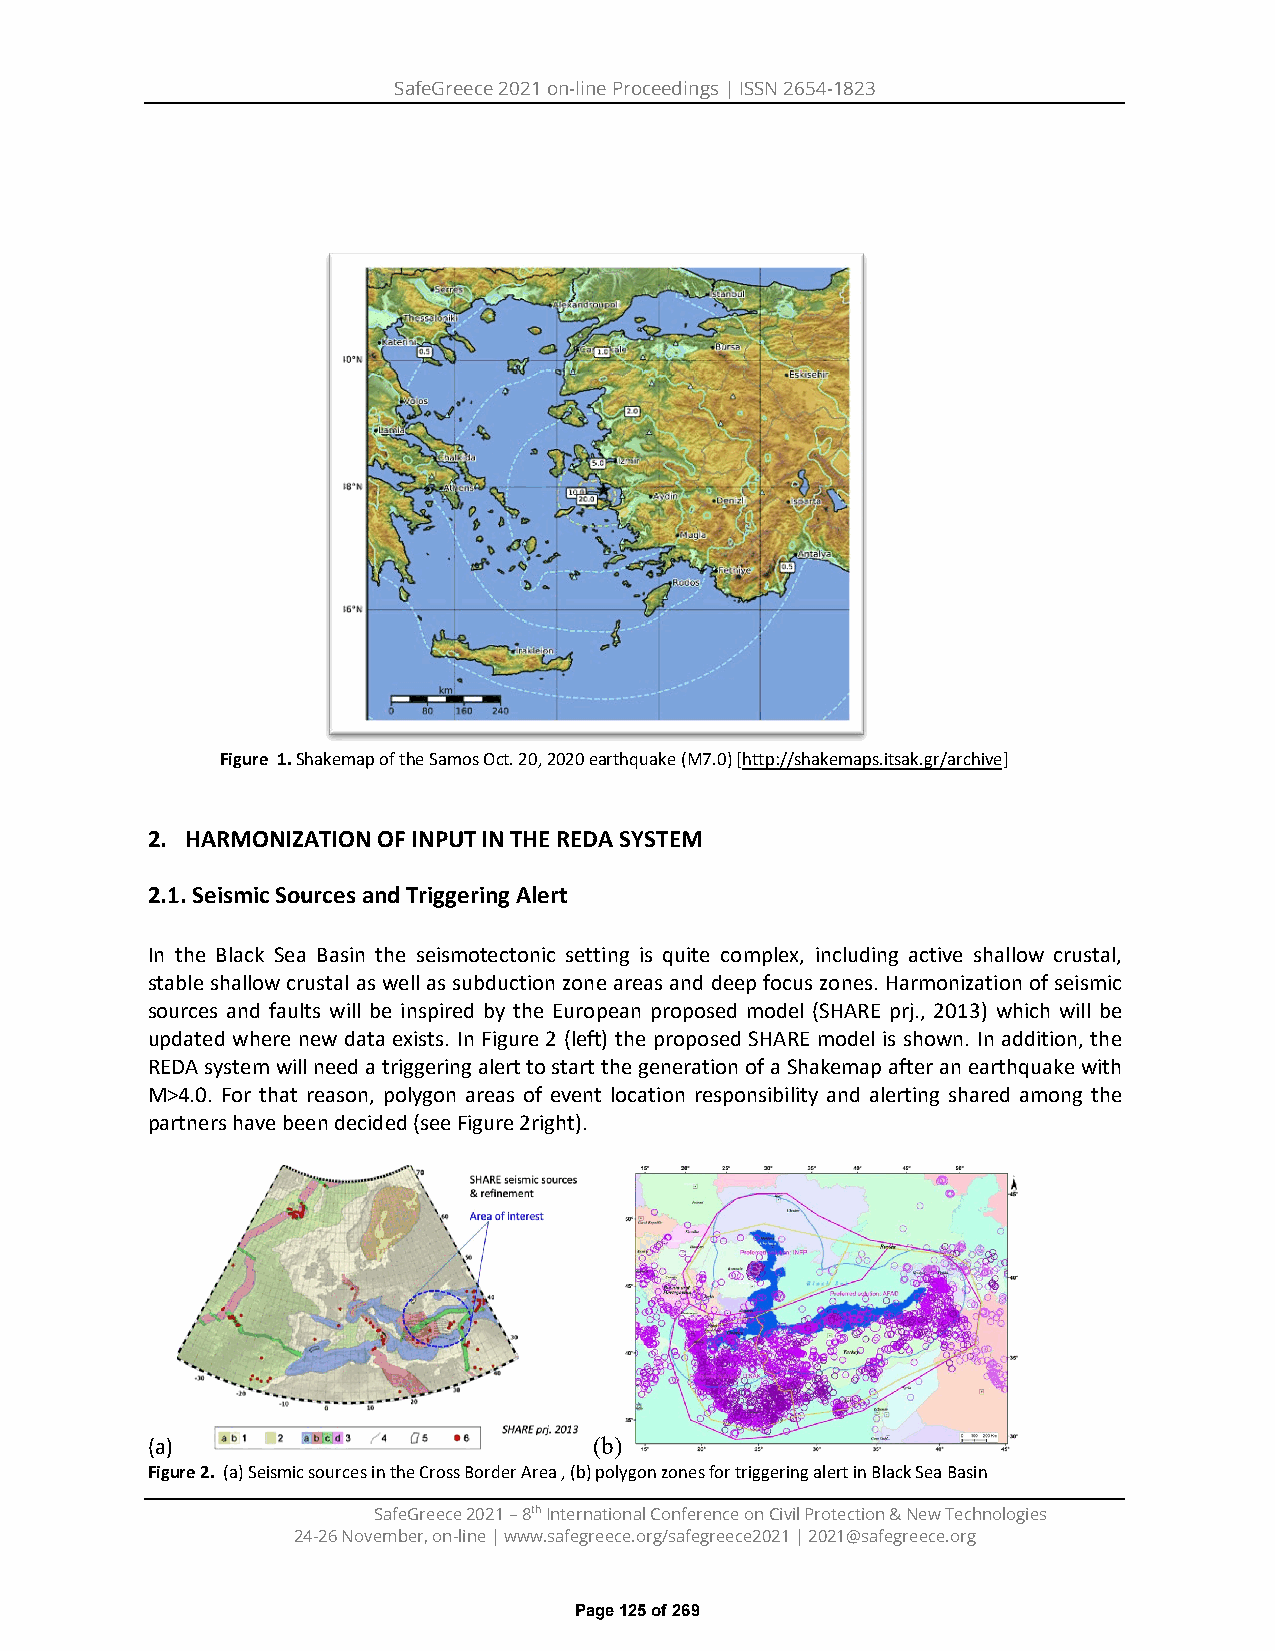
SafeGreece 2021 on-line Proceedings | ISSN 2654-1823
 Figure 1. Shakemap of the Samos Oct. 20, 2020 earthquake (M7.0) [http://shakemaps.itsak.gr/archive]
 2. HARMONIZATION OF INPUT IN THE REDA SYSTEM
 2.1. Seismic Sources and Triggering Alert
 In the Black Sea Basin the seismotectonic setting is quite complex, including active shallow crustal,
 stable shallow crustal as well as subduction zone areas and deep focus zones. Harmonization of seismic
 sources and faults will be inspired by the European proposed model (SHARE prj., 2013) which will be
 updated where new data exists. In Figure 2 (left) the proposed SHARE model is shown. In addition, the
 REDA system will need a triggering alert to start the generation of a Shakemap after an earthquake with
 M>4.0. For that reason, polygon areas of event location responsibility and alerting shared among the
 partners have been decided (see Figure 2right).
 (a)                          (b)
 Figure 2. (a) Seismic sources in the Cross Border Area , (b) polygon zones for triggering alert in Black Sea Basin
 SafeGreece 2021 – 8th International Conference on Civil Protection & New Technologies
 24-26 November, on-line | www.safegreece.org/safegreece2021 | 2021@safegreece.org
 Page 125 of 269